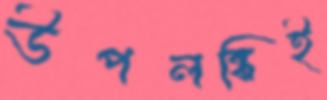
উপলব্ধিই